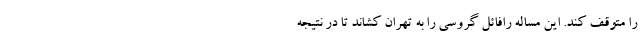
را متوقف کند. این مساله رافائل گروسی را به تهران کشاند تا در نتیجه